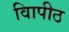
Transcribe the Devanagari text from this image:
विापीठ